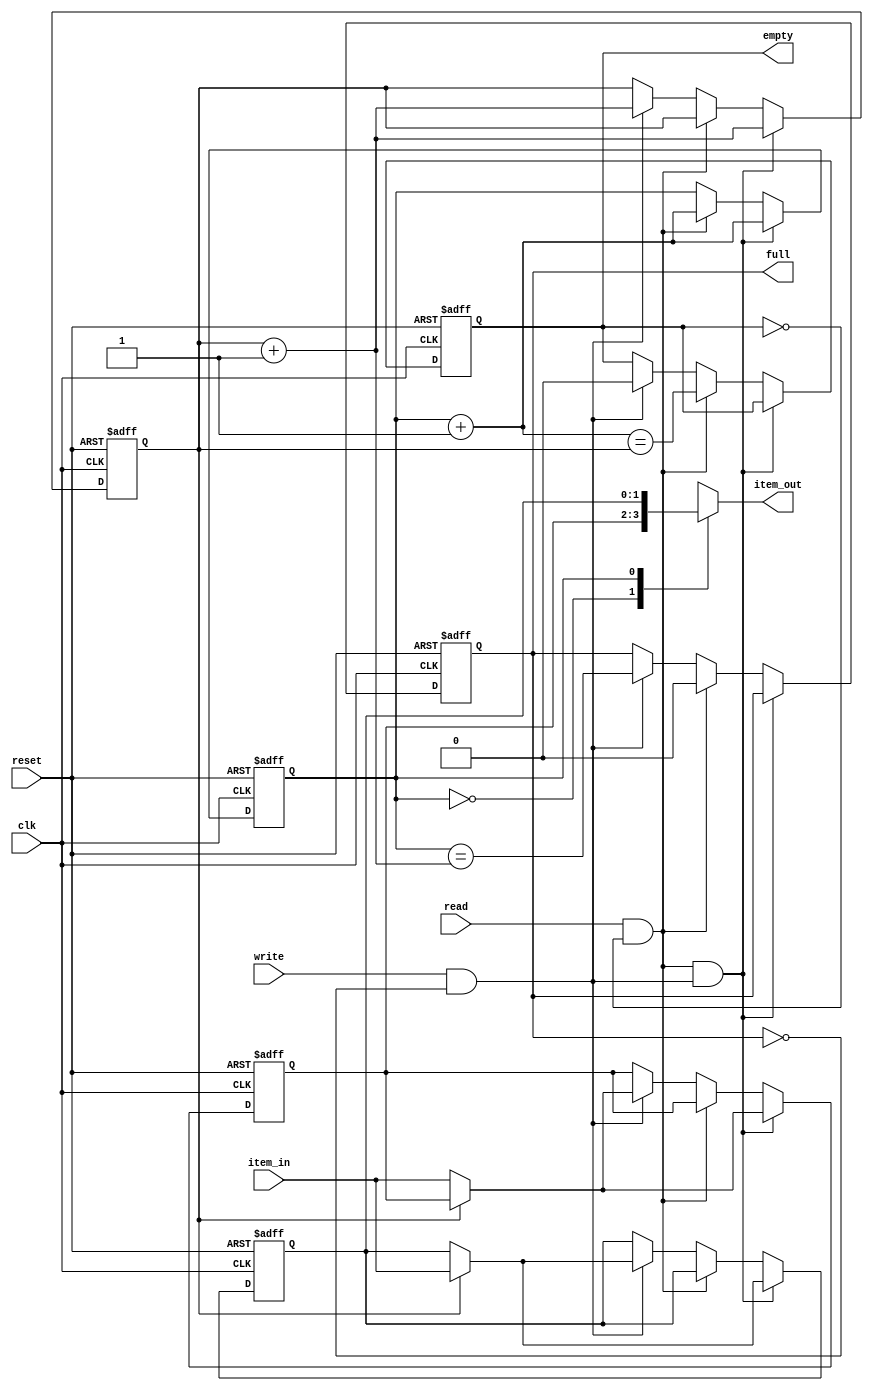
module fifo2 (clk, reset, full, empty, item_in, item_out, write, read);

	parameter SIZE = 2;
	parameter DEPTH_LOG2 = 1;

	localparam DEPTH = 2 ** DEPTH_LOG2;

	input clk, reset, write, read;
	input [SIZE-1:0] item_in;
	output [SIZE-1:0] item_out;
	output full, empty;

	reg full, empty;
	reg [SIZE-1:0] memory [DEPTH-1:0];
	reg [DEPTH_LOG2-1:0] read_ptr;
	reg [DEPTH_LOG2-1:0] write_ptr;
	wire [DEPTH_LOG2-1:0] read_ptr_p1 = read_ptr + 1;
	wire [DEPTH_LOG2-1:0] write_ptr_p1 = write_ptr + 1;

	assign item_out = memory[read_ptr];

	integer i;

	wire do_read = read & !empty;
	wire do_write = write & !full;

	always @(posedge clk or posedge reset) begin

		if (reset) begin

			read_ptr <= 0;
			write_ptr <= 0;
			empty <= 1;
			full <= 0;
			for (i=0; i<DEPTH; i=i+1) memory[i] <= 0;

		end else begin

			if (do_read & do_write) begin

				read_ptr <= read_ptr_p1;
				write_ptr <= write_ptr_p1;
				memory[write_ptr] <= item_in;

			end else if (do_read) begin

				full <= 0;
				read_ptr <= read_ptr_p1;
				empty <= (read_ptr_p1 == write_ptr);

			end else if (do_write) begin

				memory[write_ptr] <= item_in;
				empty <= 0;
				write_ptr <= write_ptr_p1;
				full <= (read_ptr == write_ptr_p1);

			end

		end

	end

endmodule